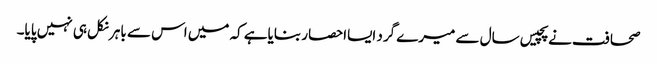
صحافت نے پچیس سال سے میرے گرد ایسااحصار بنایاہے کہ میں اس سے باہر نکل ہی نہیں پایا۔